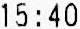
15:40